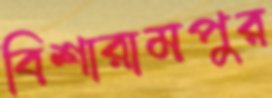
বিশারামপুর